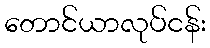
တောင်ယာလုပ်ငန်း